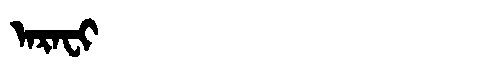
Manchu: ᠠᡵᠠᠸᡳ
Romanization: ARAFI